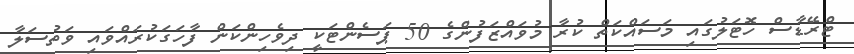
ޓްރޭޑާސް ހޮޓަލުގައި މަސައްކަތް ކުރާ މުވައްޒަފުންގެ 50 ޕަސެންޓަކީ ދިވެހިންކަން ފާހަގަކުރައްވައި ވަތުސަލާ